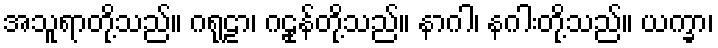
အသူရာတို့သည်။ ဂရုဠာ၊ ဂဠုန်တို့သည်။ နာဂါ၊ နဂါးတို့သည်။ ယက္ခာ၊